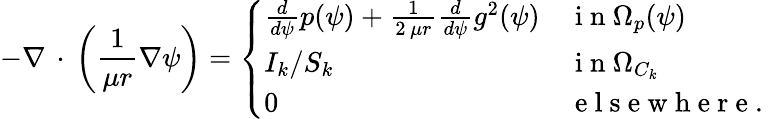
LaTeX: -\nabla\, \cdot\, \left(\frac{1}{\mu r}\nabla\psi\right)=\left\{ \begin{array}{ll}{\frac{d}{d\psi}p(\psi)+\frac{1}{2\, \mu r}\frac{d}{d\psi}g^{2}(\psi)}&{\mathrm{~i~n~}\Omega_{p}(\psi)}\\ {I_{k}/S_{k}}&{\mathrm{~i~n~}\Omega_{C_{k}}}\\ {0}&{\mathrm{~e~l~s~e~w~h~e~r~e~.~}}\end{array}\right.